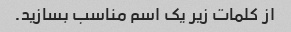
از کلمات زیر یک اسم مناسب بسازید.